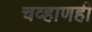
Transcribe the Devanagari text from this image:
चव्हाणही